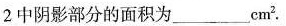
2中阴影部分的面积为___cm^{2}.